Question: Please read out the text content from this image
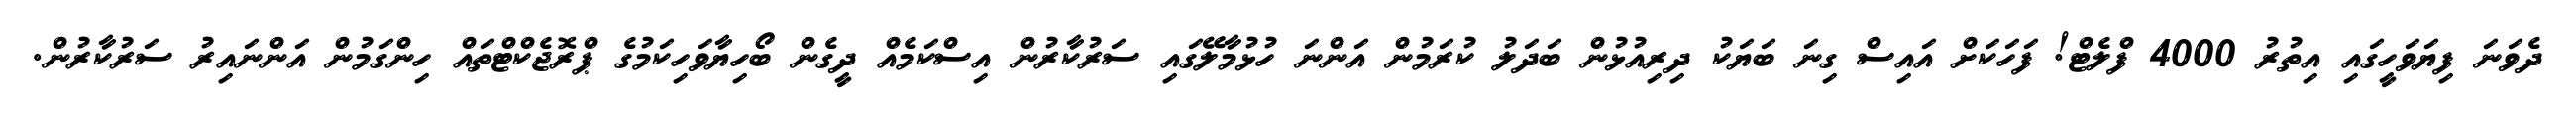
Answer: ދެވަނަ ފިޔަވަހީގައި އިތުރު 4000 ފްލެޓް! ފަހަކަށް އައިސް ގިނަ ބަޔަކު ދިރިއުޅުން ބަދަލު ކުރަމުން އަންނަ ހުޅުމާލޭގައި ސަރުކާރުން އިސްކަމެއް ދީގެން ބޯހިޔާވަހިކަމުގެ ޕްރޮޖެކްޓްތައް ހިންގަމުން އަންނައިރު ސަރުކާރުން.